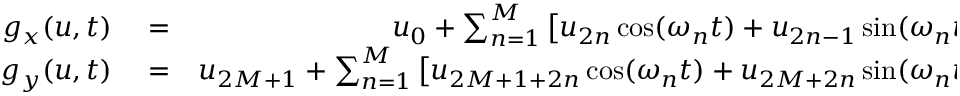
\begin{array} { r l r } { g _ { x } ( u , t ) } & { { } = } & { u _ { 0 } + \sum _ { n = 1 } ^ { M } \left[ u _ { 2 n } \cos ( \omega _ { n } t ) + u _ { 2 n - 1 } \sin ( \omega _ { n } t ) \right] \, , } \\ { g _ { y } ( u , t ) } & { { } = } & { u _ { 2 M + 1 } + \sum _ { n = 1 } ^ { M } \left[ u _ { 2 M + 1 + 2 n } \cos ( \omega _ { n } t ) + u _ { 2 M + 2 n } \sin ( \omega _ { n } t ) \right] \, . } \end{array}